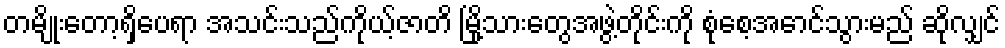
တမျိုးတော့ရှိပေရာ အသင်းသည်ကိုယ့်ဇာတိ မြို့သားတွေအဖွဲ့တိုင်းကို စုံစေ့အောင်သွားမည် ဆိုလျှင်